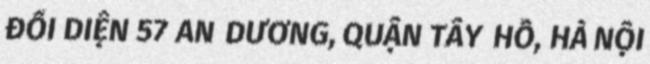
ĐỐI DIỆN 57 AN DƯƠNG, QUẬN TÂY HỒ, HÀ NỘI